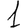
Digit: 1